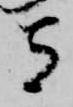
守